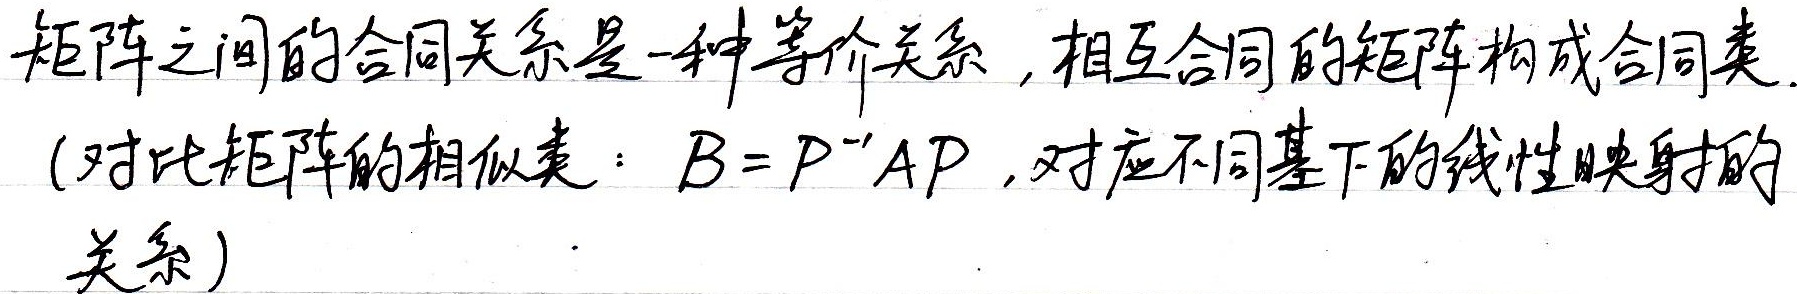
矩阵之间的合同关系是一种等价关系，相互合同的矩阵构成合同类。（对比矩阵的相似类：\(B = P^{-1}AP\)，对应不同基下的线性映射的关系）